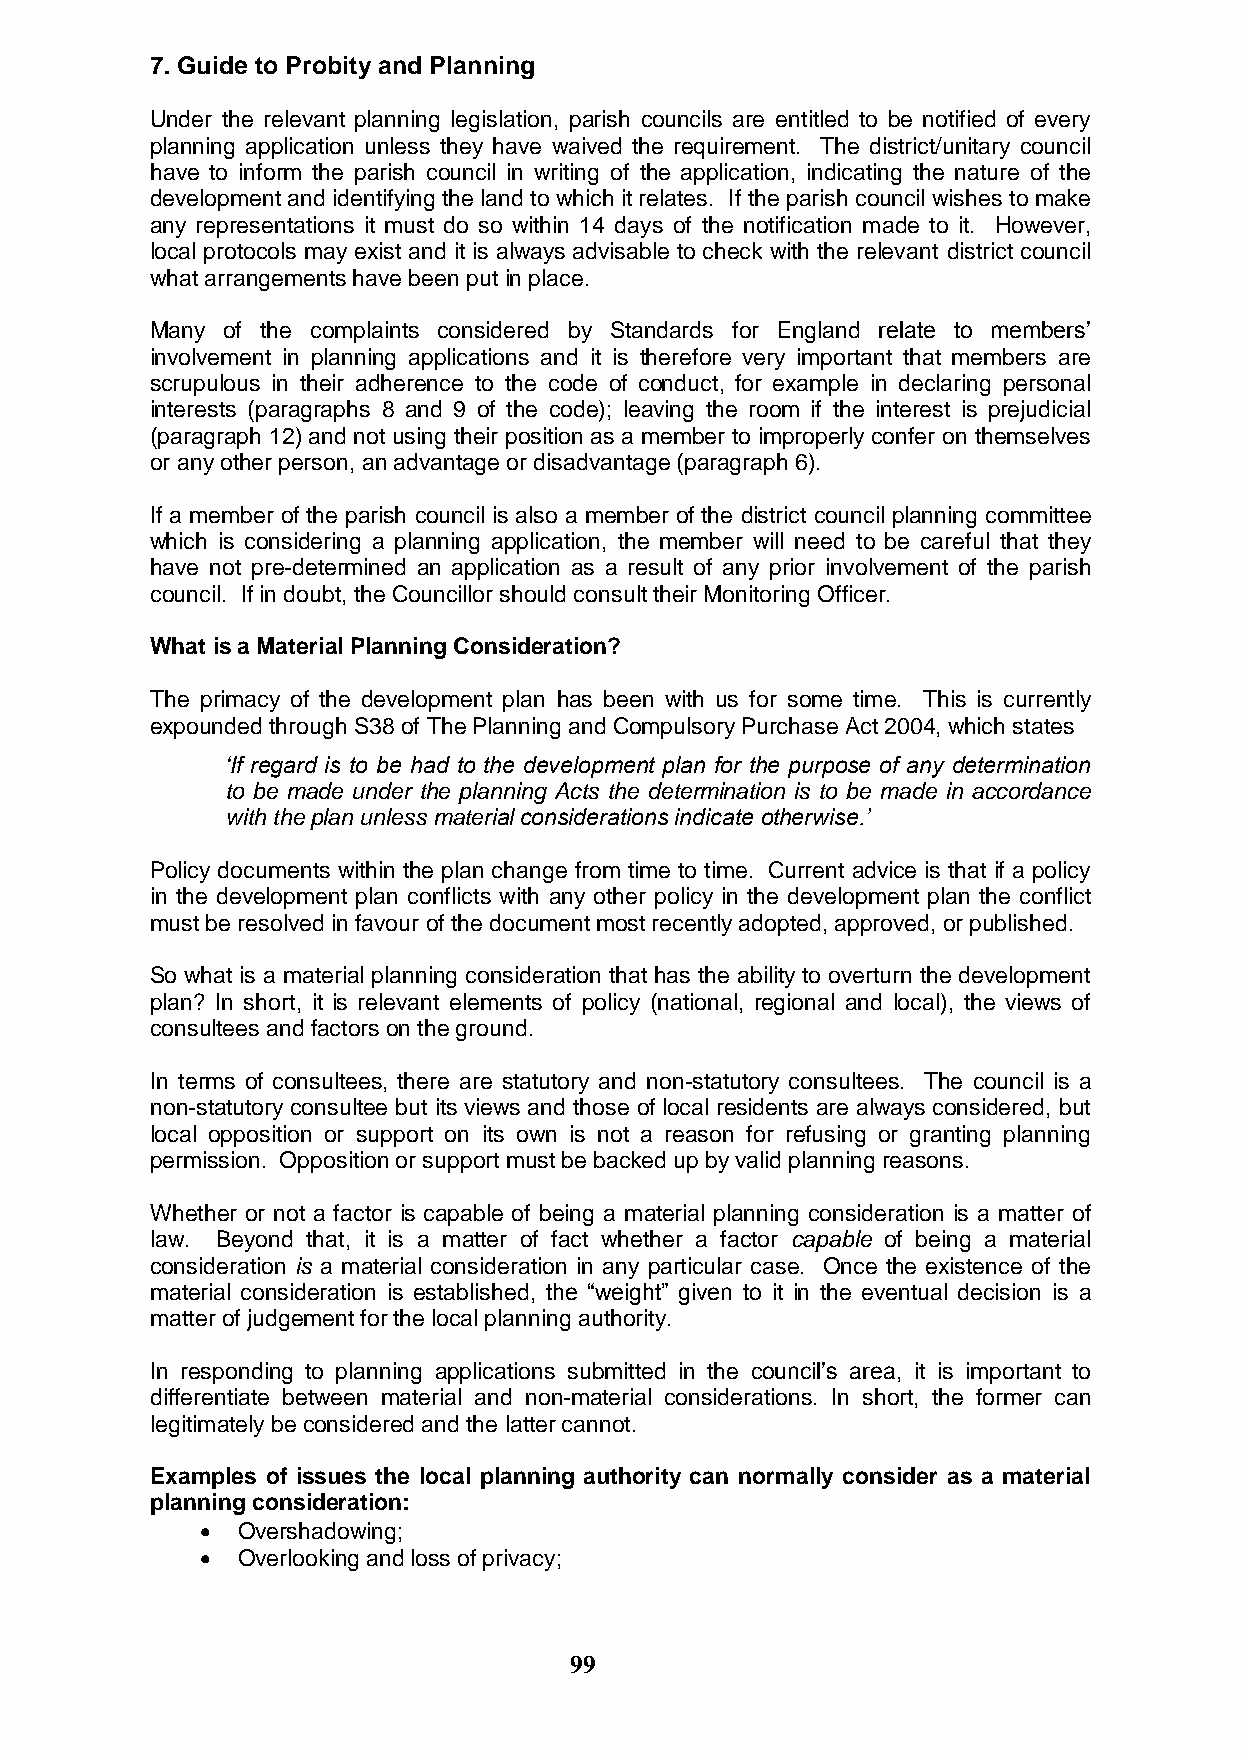
7. Guide to Probity and Planning
 Under the relevant planning legislation, parish councils are entitled to be notified of every
 planning application unless they have waived the requirement. The district/unitary council
 have to inform the parish council in writing of the application, indicating the nature of the
 development and identifying the land to which it relates. If the parish council wishes to make
 any representations it must do so within 14 days of the notification made to it. However,
 local protocols may exist and it is always advisable to check with the relevant district council
 what arrangements have been put in place.
 Many of the complaints considered by Standards for England relate to members‟
 involvement in planning applications and it is therefore very important that members are
 scrupulous in their adherence to the code of conduct, for example in declaring personal
 interests (paragraphs 8 and 9 of the code); leaving the room if the interest is prejudicial
 (paragraph 12) and not using their position as a member to improperly confer on themselves
 or any other person, an advantage or disadvantage (paragraph 6).
 If a member of the parish council is also a member of the district council planning committee
 which is considering a planning application, the member will need to be careful that they
 have not pre-determined an application as a result of any prior involvement of the parish
 council. If in doubt, the Councillor should consult their Monitoring Officer.
 What is a Material Planning Consideration?
 The primacy of the development plan has been with us for some time. This is currently
 expounded through S38 of The Planning and Compulsory Purchase Act 2004, which states
 „If regard is to be had to the development plan for the purpose of any determination
 to be made under the planning Acts the determination is to be made in accordance
 with the plan unless material considerations indicate otherwise.‟
 Policy documents within the plan change from time to time. Current advice is that if a policy
 in the development plan conflicts with any other policy in the development plan the conflict
 must be resolved in favour of the document most recently adopted, approved, or published.
 So what is a material planning consideration that has the ability to overturn the development
 plan? In short, it is relevant elements of policy (national, regional and local), the views of
 consultees and factors on the ground.
 In terms of consultees, there are statutory and non-statutory consultees. The council is a
 non-statutory consultee but its views and those of local residents are always considered, but
 local opposition or support on its own is not a reason for refusing or granting planning
 permission. Opposition or support must be backed up by valid planning reasons.
 Whether or not a factor is capable of being a material planning consideration is a matter of
 law. Beyond that, it is a matter of fact whether a factor capable of being a material
 consideration is a material consideration in any particular case. Once the existence of the
 material consideration is established, the “weight” given to it in the eventual decision is a
 matter of judgement for the local planning authority.
 In responding to planning applications submitted in the council‟s area, it is important to
 differentiate between material and non-material considerations. In short, the former can
 legitimately be considered and the latter cannot.
 Examples of issues the local planning authority can normally consider as a material
 planning consideration:
   Overshadowing;
   Overlooking and loss of privacy;
 99